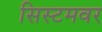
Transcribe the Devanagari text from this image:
सिस्टमवर